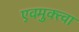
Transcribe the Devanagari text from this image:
एवमुक्त्वा